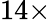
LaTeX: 14\times